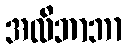
အလီဘာဘာ